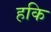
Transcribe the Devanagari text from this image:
हकि